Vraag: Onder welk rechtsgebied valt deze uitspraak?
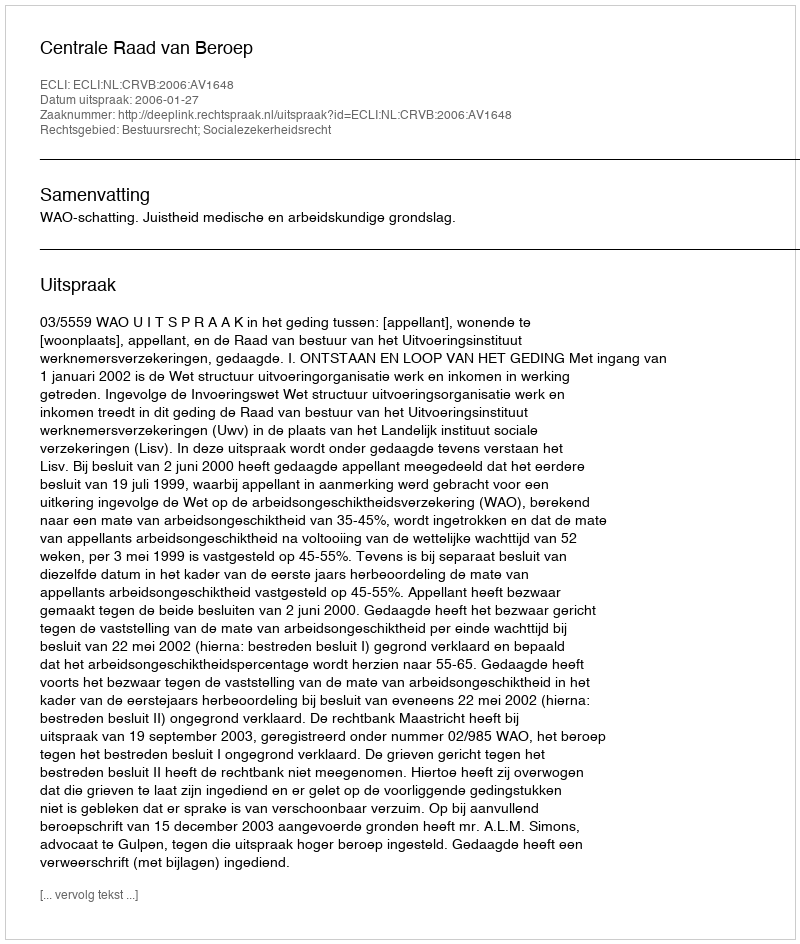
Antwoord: Bestuursrecht; Socialezekerheidsrecht